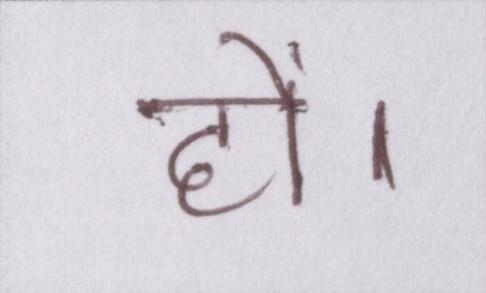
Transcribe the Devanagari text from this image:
हों।